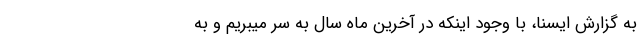
به گزارش ایسنا، با وجود اینکه در آخرین ماه سال به سر میبریم و به